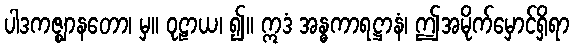
ပါဒကဇ္ဈာနတော၊ မှ။ ဝုဠာယ၊ ၍။ ဣဒံ အန္ဓကာရဋ္ဌာနံ၊ ဤအမိုက်မှောင်ရှိရာ